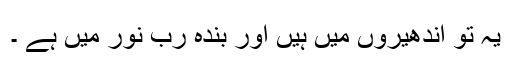
یہ تو اندھیروں میں ہیں اور بندہ رب نور میں ہے ۔